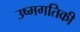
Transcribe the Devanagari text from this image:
उष्मगतिकी